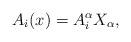
LaTeX: \begin{align*}A_i(x) = A_i^\alpha X_\alpha,\end{align*}